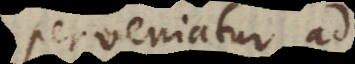
perveniatur ad